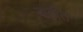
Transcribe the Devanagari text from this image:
बाढ़ीत